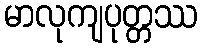
မာလုကျပုတ္တဿ